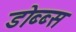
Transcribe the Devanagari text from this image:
डोब्ब्स